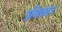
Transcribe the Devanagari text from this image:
प्रधिकार